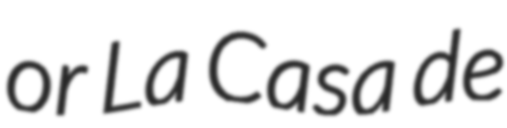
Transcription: or La Casa de